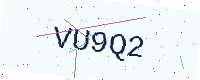
Text: VU9Q2